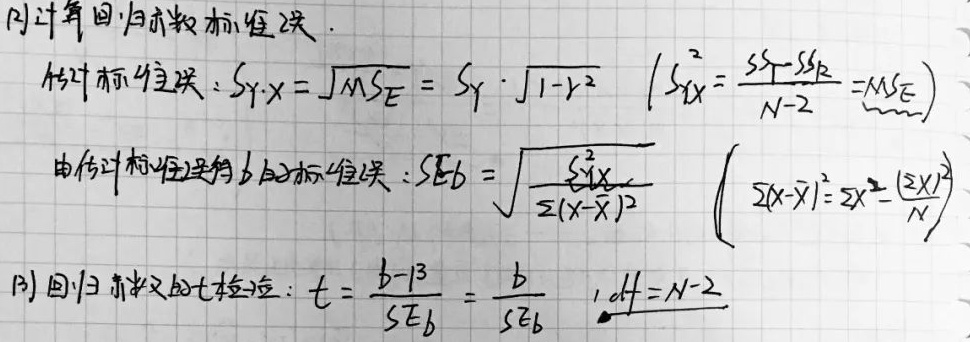
(1) 计算回归系数标准误.
估计标准误：
\[S_{Y\cdot X}=\sqrt{MSE}=S_Y\cdot\sqrt{1 - r^2}\]
\[(S_{Y|X}^2=\frac{SS_T - SS_R}{N - 2}=MSE)\]
由估计标准误得\(b\)的标准误：
\[SE_b=\sqrt{\frac{S_{Y|X}^2}{\sum(X-\bar{X})^2}}\]
\[(\sum(X - \bar{X})^2=\sum X^2-\frac{(\sum X)^2}{N})\]

(2) 回归系数的\(t\)检验：
\[t=\frac{b - 0}{SE_b}=\frac{b}{SE_b}\quad,df = N - 2\]